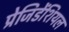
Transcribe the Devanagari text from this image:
प्रेजिडेंशियल